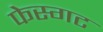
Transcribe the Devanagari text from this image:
फेस्गट